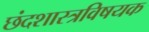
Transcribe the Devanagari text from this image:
छंदशास्त्रविषयक